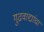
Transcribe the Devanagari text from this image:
गुढवाद्यांचा